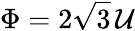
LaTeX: \Phi=2\sqrt{3}\, {\cal U}